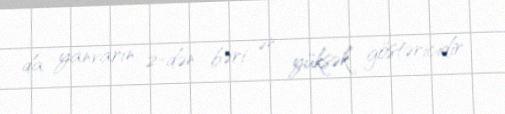
da yanvarın 2-dən bəri ən yüksək göstəricidir.